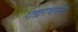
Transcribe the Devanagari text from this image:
गद्यरचनेचे